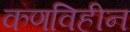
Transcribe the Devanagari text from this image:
कणविहीन